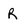
Character: r